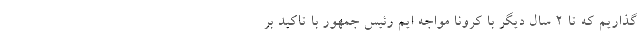
گذاریم که تا 2 سال دیگر با کرونا مواجه ایم رئیس جمهور با تاکید بر